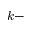
k -